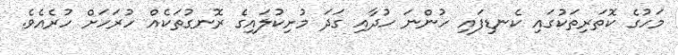
މަހުގެ ކޮތަރިތަކުގައި ކެނޑިފައި ހުންނަ ހުދާއި ގަދަ މުށިކުލައިގެ ރޮނގުތަކެއް ހުރަހަށް ހުރެއެވެ.